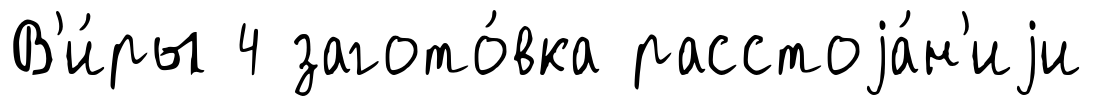
В'и́ры 4 загото́вка расстоjа́н'иjи